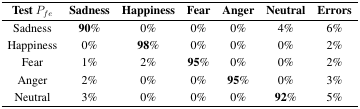
| TestPfc | Sadness | Happiness | Fear | Anger | Neutral | Errors |
 | --- | --- | --- | --- | --- | --- | --- |
 | Sadness | 90% | 0% | 0% | 0% | 4% | 6% |
 | Happiness | 0% | 98% | 0% | 0% | 0% | 2% |
 | Fear | 1% | 2% | 95% | 0% | 0% | 2% |
 | Anger | 2% | 0% | 0% | 95% | 0% | 3% |
 | Neutral | 3% | 0% | 0% | 0% | 92% | 5% |